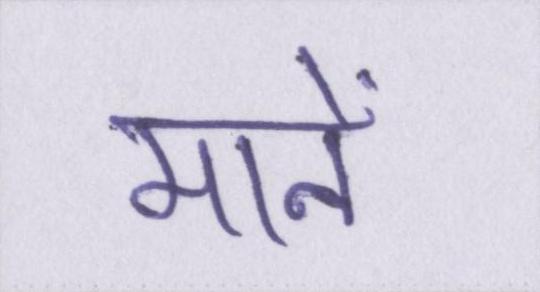
मानें